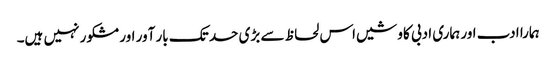
ہمارا ادب اور ہماری ادبی کاوشیں اس لحاظ سے بڑی حد تک بار آور اور مشکور نہیں ہیں۔